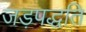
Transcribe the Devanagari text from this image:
जड़पद्धति